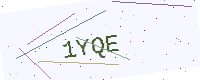
Text: 1YQE